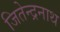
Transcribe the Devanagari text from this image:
जितेन्द्रनाथ